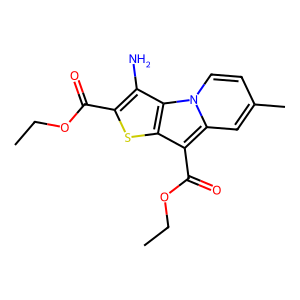
SMILES: CCOC(=O)c1sc2c(C(=O)OCC)c3cc(C)ccn3c2c1N
Inhibits HIV replication: No